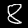
Label: 8